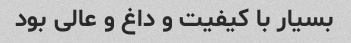
بسیار با کیفیت و داغ و عالی بود